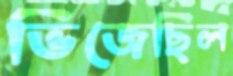
ভিজেছিল